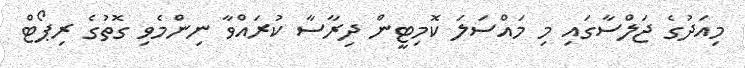
މިއަދުގެ ޖަލްސާގައި މި މައްސަލަ ކޮމިޓީން ދިރާސާ ކުރައްވާ ނިންމެވި ގޮތުގެ ރިޕޯޓް